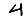
Digit: 4